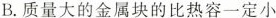
B.质量大的金属块的比热容一定小